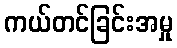
ကယ်တင်ခြင်းအမှု